Report of the Municipal Commissioner on the plague in Bombay for the year ending 31st May... - Volume 1
Disease focus: Plague
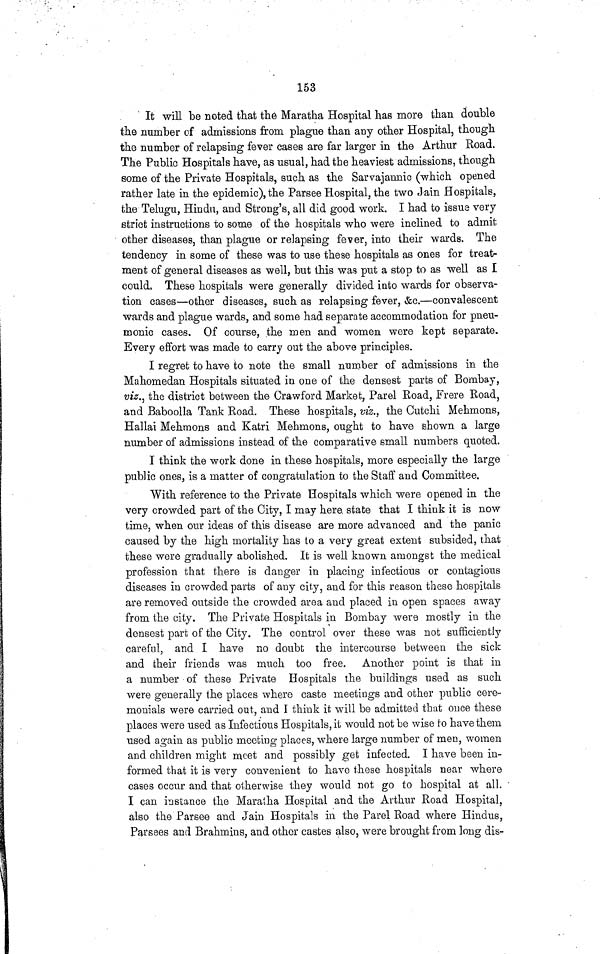
153
It will be noted that the Maratha Hospital has more than double
the number of admissions from plague than any other Hospital, though
the number of relapsing fever cases are far larger in the Arthur Road.
The Public Hospitals have, as usual, had the heaviest admissions, though
some of the Private Hospitals, such as the Sarvajannic (which opened
rather late in the epidemic), the Parsee Hospital, the two Jain Hospitals,
the Telugu, Hindu, and Strong's, all did good work. I had to issue very
strict instructions to some of the hospitals who were inclined to admit
other diseases, than plague or relapsing fever, into their wards. The
tendency in some of these was to use these hospitals as ones for treat-
ment of general diseases as well, but this was put a stop to as well as I
could, These hospitals were generally divided into wards for observa-
tion cases—other diseases, such as relapsing fever, &c.—convalescent
wards and plague wards, and some had separate accommodation for pneu-
monic cases. Of course, the men and women were kept separate.
Every effort was made to carry out the above principles.
I regret to have to note the small number of admissions in the
Mahomedan Hospitals situated in. one of the densest parts of Bombay,
viz., the district between the Crawford Market, Parel Road, Frere Road }
and Baboolla Tank Road. These hospitals, viz., the Cutchi Mehmons,
Hallai Mehmons and Katri Mehmons, ought to have shown a large
number of admissions instead of the comparative small numbers quoted.
I think the work done in these hospitals, more especially the large
public ones, is a matter of congratulation to the Staff and Committee.
With reference to the Private Hospitals which were opened in the
very crowded part of the City, I may here state that I think it is now
time, when our ideas of this disease are more advanced and the panic
caused by the high mortality has to a very great extent subsided, that
these were gradually abolished. It is well known amongst the medical
profession that there is danger in placing infectious or contagious
diseases in crowded parts of any city, and for this reason these hospitals
are removed outside the crowded area and placed in open spaces away
from the city. The Private Hospitals in Bombay were mostly in the
densest part of the City. The control over these was not sufficiently
careful, and I have no doubt the intercourse between the sick
and their friends was much too free. Another point is that in
a number of these Private Hospitals the buildings used as such
were generally the places where caste meetings and other public cere-
monials were carried out, and I think it will be admitted that once these
places were used as Infectious Hospitals, it would not be wise to have them
used again as public meeting places, where large number of men, women
and children might meet and possibly get infected. I have been in-
formed that it is very convenient to have these hospitals near where
cases occur and that otherwise they would not go to hospital at all.
I can instance the Maratha Hospital and the Arthur Road Hospital,
also the Parsee and Jain Hospitals in the Parel Road where Hindus,
Parsees and Brahmins, and other castes also, were brought from long dis-